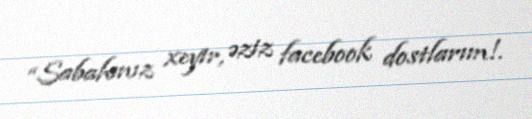
“Sabahınız xeyir, əziz facebook dostlarım!.